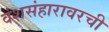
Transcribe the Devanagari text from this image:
वंशसंहारावरची